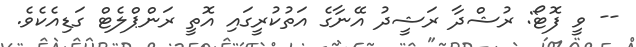
-- ވީ ފޮޓޯ: ރުޝްދާ ރަޝީދު އޭނާގެ އަތުކުރީގައި އޮތީ ރަންޕްލެޓް ގަޑިއެކެވެ.